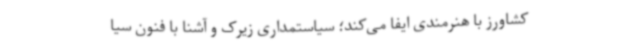
کشاورز با هنرمندی ایفا می‌کند؛ سیاستمداری زیرک و آشنا با فنون سیا